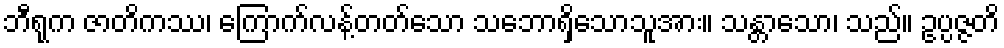
ဘီရုက ဇာတိကဿ၊ ကြောက်လန့်တတ်သော သဘောရှိသောသူအား။ သန္တာသော၊ သည်။ ဥပ္ပဇ္ဇတိ